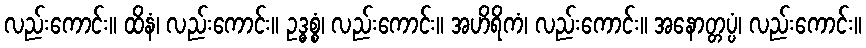
လည်းကောင်း။ ထိနံ၊ လည်းကောင်း။ ဥဒ္ဓစ္စံ၊ လည်းကောင်း။ အဟိရိကံ၊ လည်းကောင်း။ အနောတ္တပ္ပံ၊ လည်းကောင်း။